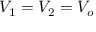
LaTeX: V _ { 1 } = V _ { 2 } = V _ { o }